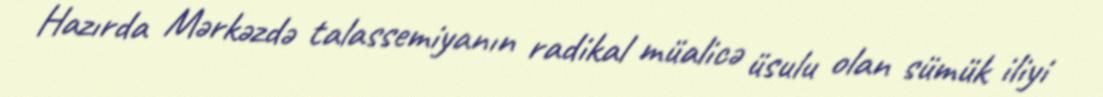
Hazırda Mərkəzdə talassemiyanın radikal müalicə üsulu olan sümük iliyi